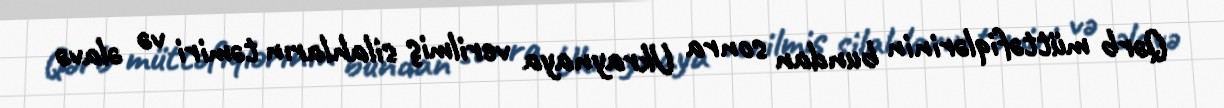
Qərb müttəfiqlərinin bundan sonra Ukraynaya verilmiş silahların təmiri və əlavə